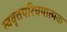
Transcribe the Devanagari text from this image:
स्ववृत्तपरिचयात्मक